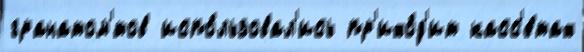
гранатом'́тов испо́льзовал'ись пр'ихо́д'ит касс'е́тах